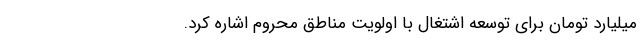
میلیارد تومان برای توسعه اشتغال با اولویت مناطق محروم اشاره کرد.